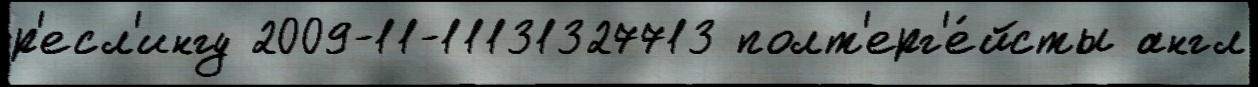
р'есл'ингу 2009-11-11131327713 полт'ерг'е́йсты англ